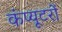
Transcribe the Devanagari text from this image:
कंप्‍यूटरों